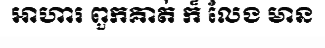
អាហារ ពួកគាត់ ក៏ លែង មាន